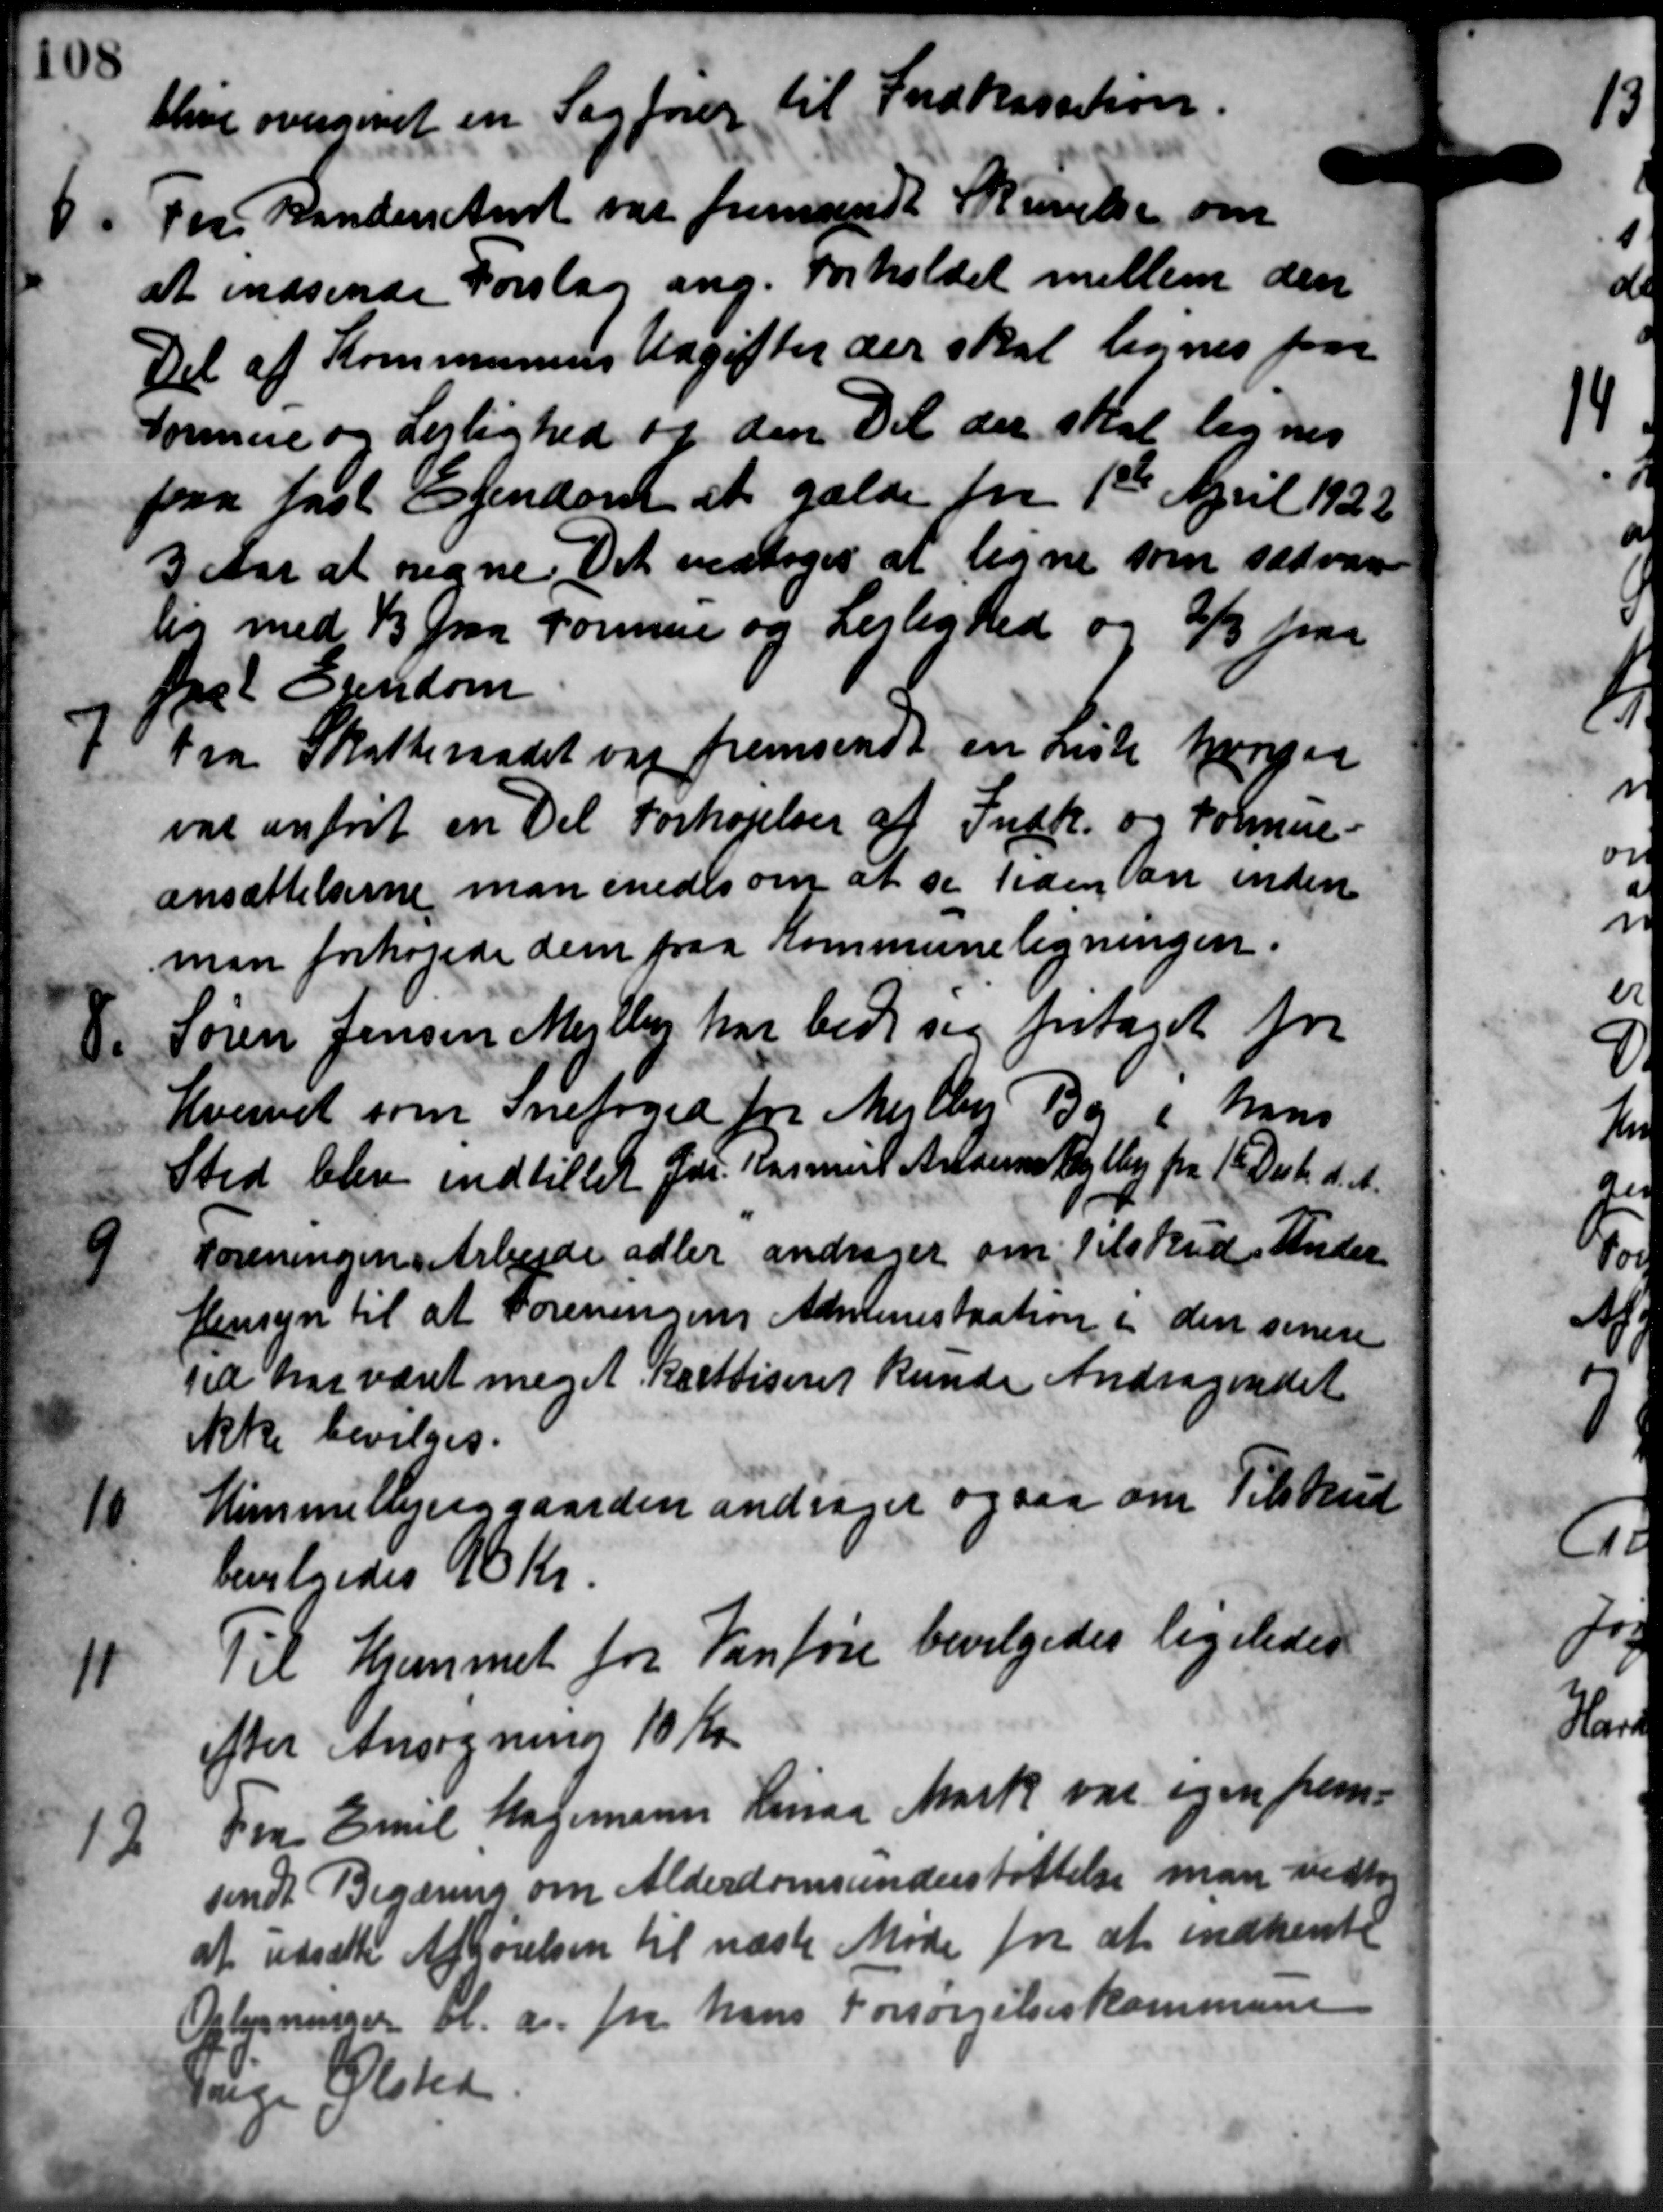
Transskription:
blive overgivet en Sagfører til Indkassation.
8. For Randers Amt var fremsendt Skrivelse om
8. For Randers Amt var fremsendt Skrivelse om
at indsende Forslag ang. Forholdet mellem den
Del af Kommunens Udgifter der skal lignes paa
Formue og Lejlighed og den Det der skal lignes
paa fast Ejendom at gælde fra 1ste April 1922
3 Aar at regne. Det vedtoges at ligne som sædvan
lig med 1/3 paa Formue og Lejlighed og 2/3 paa
fast Ejendom

Fra Skatteraadet var fremsendt en Liste harper
var anfrit en Del Forhøjelser af Indk. og Formue-
ansættelserne man enedes om at se Tiden an inden
man forhøjede dem paa Kommuneligningen.

Søren Jensen Mejlby har bede sig fritaget for
Hvervet som Snefoged for Mejlby By i hans
Sted blev indtillet Gdr. Rasmus Anders Mejlby fra 1' Decbr. d. A.
9
Foreningen Arbejde adler andrager om Tilskud. Under
Hensyn til at Foreningens Administration i den senere
Tid har været meget Karttiseret kunde Andragendet
ikke bevilges.
10
Himmelbjerggaarden andrager og saa om Tilskud
bevilgedes 90 Kr.
11
Til Hjemmet for Vanføre bevilgedes ligeledes
efter Ansøgning 10 Kr
12
Fra Emil Magemann Linaa Mark var igen frem-
sendt Begæring om Alderdomsunderstøttelse man vedtog
at udsætte Afhørelsen til næste Møde for at indhente
Oplysninger bl.a. for hans Forsørgelseskommune
Værge Ølsted